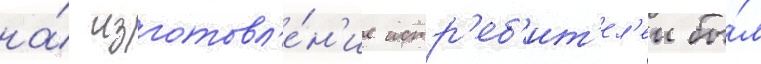
на́ изготовл'е́н'ие истр'еб'ит'ел'еи бы́л